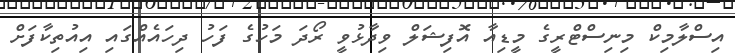
އިސްލާމިކް މިނިސްޓްރީގެ މީޑިއާ އޮފިޝަލް ވިދާޅުވީ ރޯދަ މަހުގެ ފަހު ދިހައެއްގައި އިއުތިކާފަށް